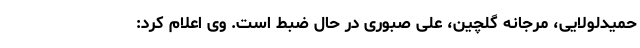
حمیدلولایی، مرجانه گلچین، علی صبوری در حال ضبط است. وی اعلام کرد: